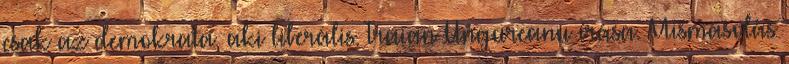
csak az demokrata, aki liberális. Traian Ungureanu írása. Mismásolás